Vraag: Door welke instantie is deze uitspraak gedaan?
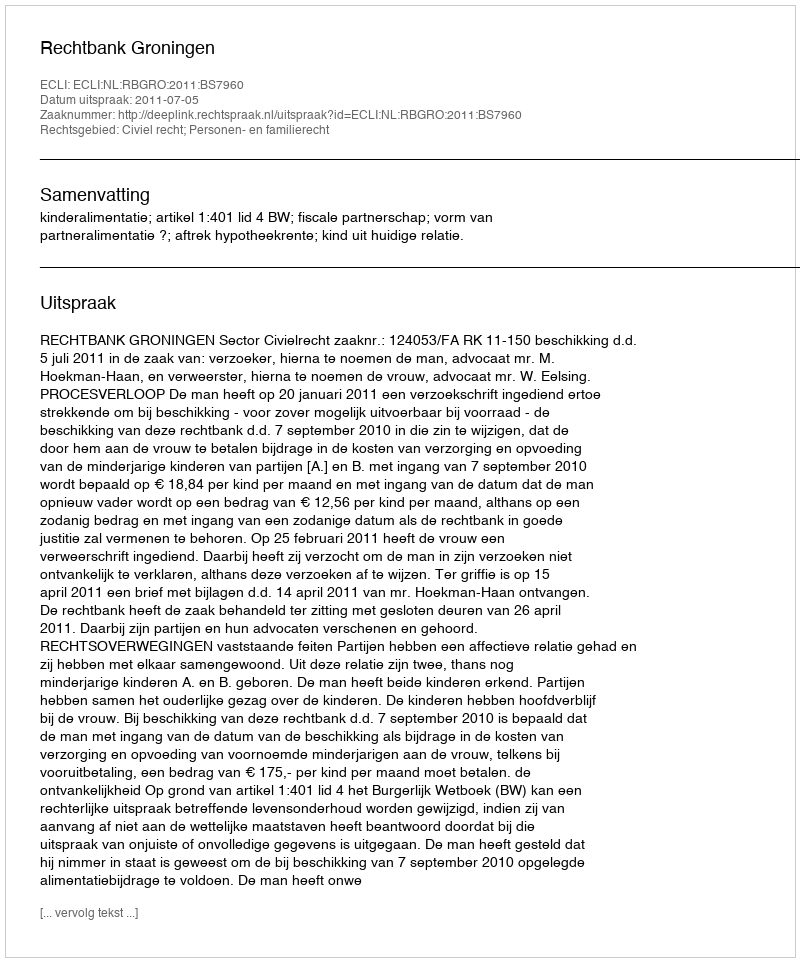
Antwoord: Rechtbank Groningen